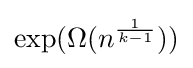
\exp(\Omega (n^{\frac {1}{k-1}}))